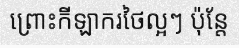
ព្រោះកីឡាករថៃល្អៗ ប៉ុន្តែ